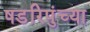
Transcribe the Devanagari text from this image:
षडरिपुंच्या